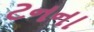
ટનના